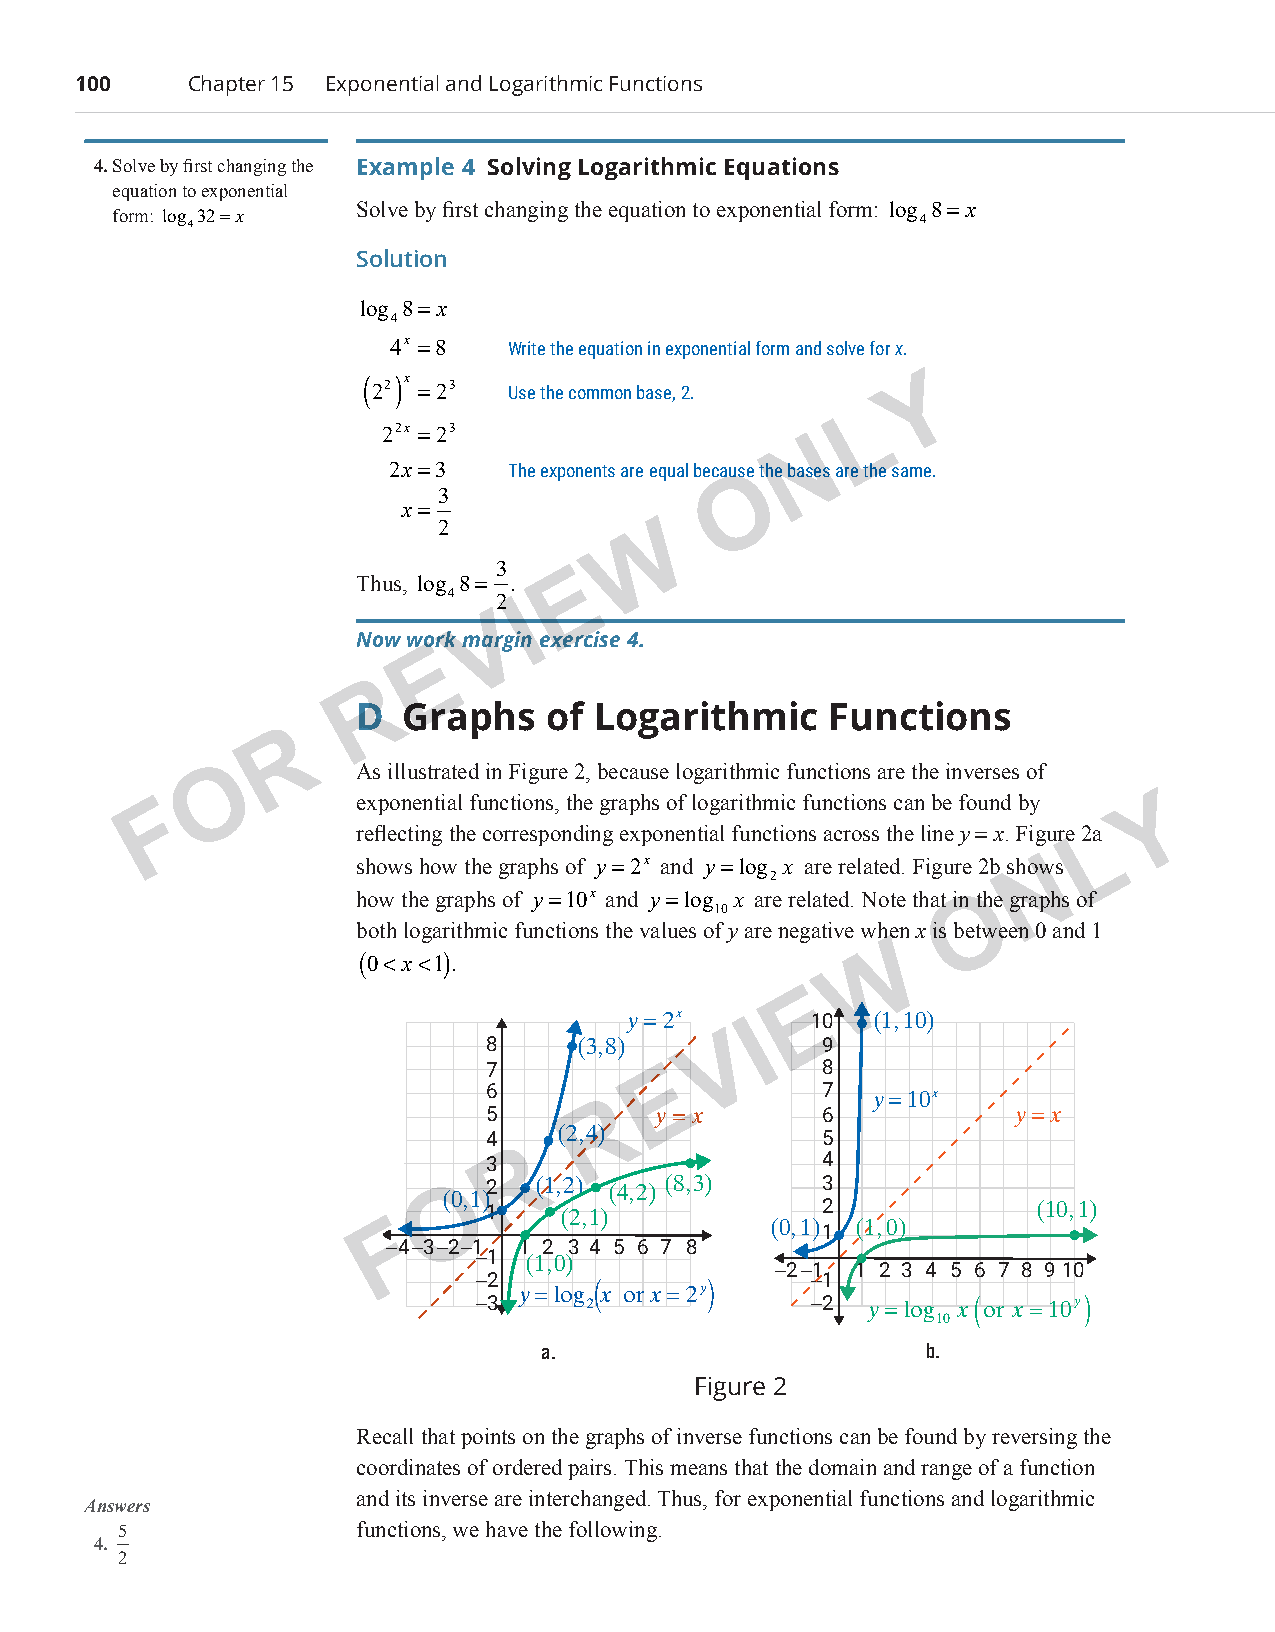
100     Chapter 15 Exponential and Logarithmic Functions
 4. Solve by first changing the Example 4 Solving Logarithmic Equations
 equation to exponential
 Solve by first changing the equation to exponential form: log 8= x
 form: log 432=x                                      4
 Solution
 log 8= x
 4
 4x =8   Write the equation in exponential form and solve for x.
 ( 22)x =23
 Use the common base, 2.
 Y
 L
 22x =23
 N
 2x=3    The exponents are equal because the bases are the same.
 O
 3
 x=
 2            W
 3
 E
 Thus, log 8= .
 4  2
 I
 V
 Now work margin exercise 4.
 E
 R
 D  Graphs   of  Logarithmic    Functions
 R
 O         As illustrated in Figure 2, because logarithmic functions are the inverses of
 F            exponential functions, the graphs of logarithmic functions can be found by Y
 reflecting the corresponding exponential functions across the line y = x. Figure 2aL
 shows how the graphs of y=2x and y=log x are related. Figure 2b shoNws
 2
 how the graphs of y=10x and y=log x are related. Note that inO the graphs of
 10
 both logarithmic functions the values of y are negative when x is between 0 and 1
 W
 (0< x<1).
 E
 y=2x        10  (1, 10)
 I
 8     (3,8)     V      9
 7           E          8
 6                      7  y=10x
 5       R   y = x      6           y=x
 4    (2,4)             5
 3 R                    4
 O 2   (1,2) (4,2) (8,3)  3
 (0,1)
 1    (2,1)             2             (10, 1)
 F                        (0, 1)1 (1, 0)
 −4−3−2−1 1 2 3 4 5 6 7 8
 −1 (1,0)
 −2−1  1 2 3 4 5 6 7 8 9 10
 −2                    −1
 y log x orx 2y
 −3     2              −2  y=log x or x 10y
 10
 a.                        b.
 Figure 2
 Recall that points on the graphs of inverse functions can be found by reversing the
 coordinates of ordered pairs. This means that the domain and range of a function
 and its inverse are interchanged. Thus, for exponential functions and logarithmic
 Answers
 5               functions, we have the following.
 4.
 2
 PCM_Marketing_Booklet.indb 100                                           10/11/2017 10:05:12 AM